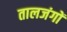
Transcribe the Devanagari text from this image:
तालजंगों